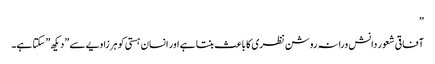
”
آفاقی شعور دانش ورانہ روشن نظری کا باعث بنتا ہے اور انسان ہستی کو ہر زاویے سے ”دیکھ” سکتا ہے۔